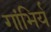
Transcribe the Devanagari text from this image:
गांभिर्य